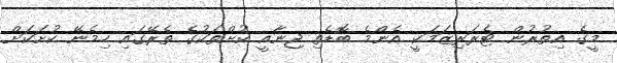
މީގެ އިތުުރުން ޓެރަރިޒަމަކީ އެންމެ ބޮޑެތި ޖިނާއީ ކުށްތަކުގެ ތެރޭގައި ހިމެނޭ ކުށަކަށް